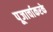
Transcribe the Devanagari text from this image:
पूजार्चाकरके